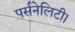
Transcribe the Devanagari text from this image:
पर्सनेलिटी।